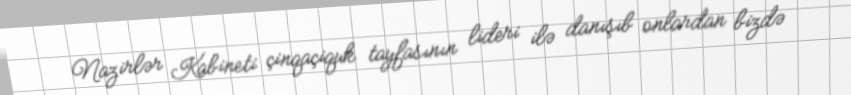
Nazirlər Kabineti çinqaçiquk tayfasının lideri ilə danışıb onlardan bizdə